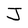
Character: J